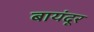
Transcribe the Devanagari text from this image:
बायंदूर